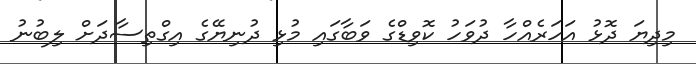
މިދިޔަ ދޮޅު އަހަރެއްހާ ދުވަހު ކޮވިޑްގެ ވަބާގައި މުޅި ދުނިޔޭގެ އިގްތިސާދަށް ލިބުނު